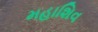
મહાશિવ